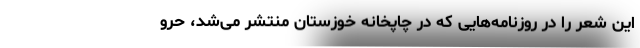
این شعر را در روزنامه‌هایی که در چاپخانه خوزستان منتشر می‌شد، حرو